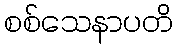
စစ်သေနာပတိ